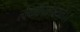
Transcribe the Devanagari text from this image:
त्वेकापिनेक्ष्यते।।